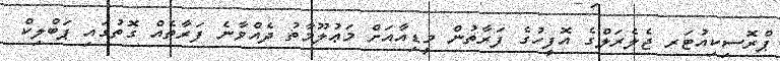
ޕްރޮސިކިއުޓަރ ޖެލެރަލްގެ އޮފީހުގެ ފަރާތުން މީޑިއާއަށް މަޢުލޫމާތު ދެއްވާނެ ފަރާތެއް ގޮތުގައި ޕަބްލިކް